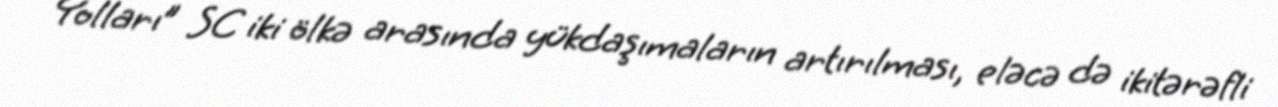
Yolları” SC iki ölkə arasında yükdaşımaların artırılması, eləcə də ikitərəfli